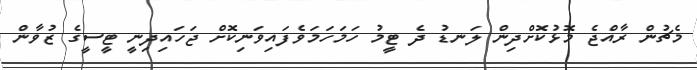
މެޗުން ރާއްޖެ މޮޅުކޮށްދިން ލަނޑު ދެ ޓީމު ހަމަހަމަވެފައިވަނިކޮށް ޖަހައިދިނީ ޓީސީގެ ޒުވާން